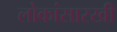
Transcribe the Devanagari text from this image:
लोकांसारखी